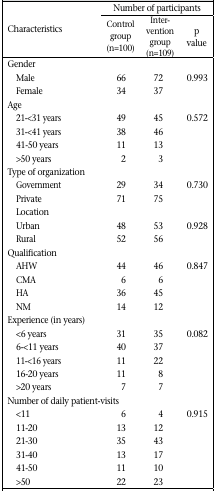
<table><thead><tr><td rowspan="2"><b>Characteristics</b></td><td colspan="3"><b>Number of participants</b></td></tr><tr><td><b>Control group (n=100)</b></td><td><b>Intervention group (n=109)</b></td><td><b>p value</b></td></tr></thead><tbody><tr><td colspan="4">Gender</td></tr><tr><td>Male</td><td>66</td><td>72</td><td>0.993</td></tr><tr><td>Female</td><td>34</td><td>37</td><td></td></tr><tr><td colspan="4">Age</td></tr><tr><td>21-&lt;31 years</td><td>49</td><td>45</td><td>0.572</td></tr><tr><td>31-&lt;41 years</td><td>38</td><td>46</td><td></td></tr><tr><td>41-50 years</td><td>11</td><td>13</td><td></td></tr><tr><td>&gt;50 years</td><td>2</td><td>3</td><td></td></tr><tr><td colspan="4">Type of organization</td></tr><tr><td>Government</td><td>29</td><td>34</td><td>0.730</td></tr><tr><td>Private</td><td>71</td><td>75</td><td></td></tr><tr><td colspan="4">Location</td></tr><tr><td>Urban</td><td>48</td><td>53</td><td>0.928</td></tr><tr><td>Rural</td><td>52</td><td>56</td><td></td></tr><tr><td colspan="4">Qualification</td></tr><tr><td>AHW</td><td>44</td><td>46</td><td>0.847</td></tr><tr><td>CMA</td><td>6</td><td>6</td><td></td></tr><tr><td>HA</td><td>36</td><td>45</td><td></td></tr><tr><td>NM</td><td>14</td><td>12</td><td></td></tr><tr><td colspan="4">Experience (in years)</td></tr><tr><td>&lt;6 years</td><td>31</td><td>35</td><td>0.082</td></tr><tr><td>6-&lt;11 years</td><td>40</td><td>37</td><td></td></tr><tr><td>11-&lt;16 years</td><td>11</td><td>22</td><td></td></tr><tr><td>16-20 years</td><td>11</td><td>8</td><td></td></tr><tr><td>&gt;20 years</td><td>7</td><td>7</td><td></td></tr><tr><td colspan="4">Number of daily patient-visits</td></tr><tr><td>&lt;11</td><td>6</td><td>4</td><td>0.915</td></tr><tr><td>11-20</td><td>13</td><td>12</td><td></td></tr><tr><td>21-30</td><td>35</td><td>43</td><td></td></tr><tr><td>31-40</td><td>13</td><td>17</td><td></td></tr><tr><td>41-50</td><td>11</td><td>10</td><td></td></tr><tr><td>&gt;50</td><td>22</td><td>23</td><td></td></tr></tbody></table>